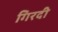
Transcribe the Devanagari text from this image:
गिरदी